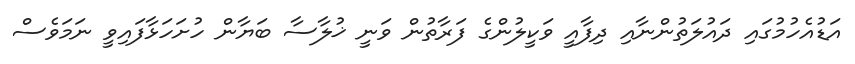
އަޑުއެހުމުގައި ދައުލަތުންނާއި ދިފާއީ ވަކީލުންގެ ފަރާތުން ވަނީ ޚުލާސާ ބަޔާން ހުށަހަޅާފައިވީ ނަމަވެސް